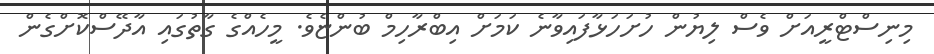
މިނިސްޓްރީއަށް ވެސް ލިޔުން ހުށަހަޅާފައިވާނެ ކަމަށް އިބްރާހިމް ބުންޏެވެ. މީހެއްގެ ގާތުގައި އާދޭސްކޮށްގެން